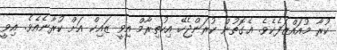
ކުރާ މުއައްޒަފެކެވެ. އެގޮތުން ކުރަންޖެހޭ އިހުތިރާމް އިވީ ޒައިކް އަށް ކުރާނެއެވެ. އިވީ